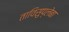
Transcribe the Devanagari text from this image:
ताविसुप्लेबा